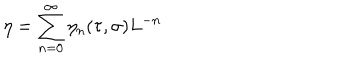
\eta = \sum _ { n = 0 } ^ { \infty } \eta _ { n } ( \tau , \sigma ) L ^ { - n }